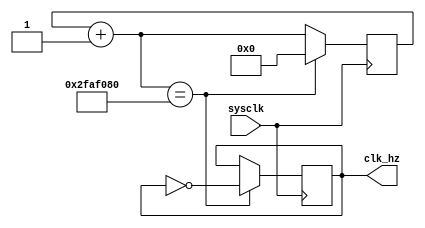
`timescale 1ns / 1ps
//////////////////////////////////////////////////////////////////////////////////
// Company: 
// Engineer: 
// 
// Design Name: 
// Module Name: get_1hz
// Project Name: 
// Target Devices: 
// Tool Versions: 
// Description: 
// 
// Dependencies: 
// 
// Revision:
// Revision 0.01 - File Created
// Additional Comments:
// 
//////////////////////////////////////////////////////////////////////////////////


module get_1hz(input sysclk,
output clk_hz
    );
    
    reg clk_hz1;
    reg [25:0]cnt;
    initial 
    begin
    cnt<=0;
    clk_hz1=0;
    end
    always @(posedge sysclk)
    begin
    cnt=cnt+1;
    if (cnt==50000000)//50000000
        begin
        clk_hz1=~clk_hz1;
        cnt=0;
        end
    end
    assign clk_hz=clk_hz1;
endmodule